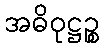
အဓိဝုဋ္ဌဉ္စ